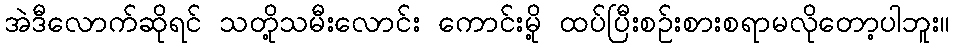
အဲဒီလောက်ဆိုရင် သတို့သမီးလောင်း ကောင်းမို့ ထပ်ပြီးစဉ်းစားစရာမလိုတော့ပါဘူး။